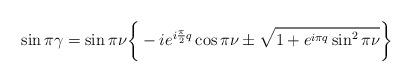
LaTeX: \begin{align*}\sin\pi\gamma=\sin\pi\nu\bigg\{-ie^{i\frac{\pi}{2}q}\cos\pi\nu\pm\sqrt{1+e^{i\pi q}\sin^2\pi\nu}\bigg\}\end{align*}